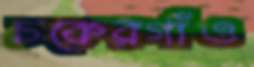
চকেরগাঁও